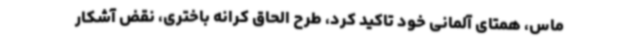
ماس، همتای آلمانی خود تاکید کرد، طرح الحاق کرانه باختری، نقض آشکار